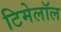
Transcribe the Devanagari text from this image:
टिमेलॉल